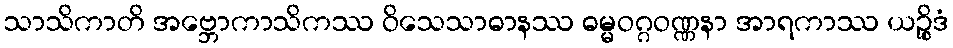
သာသိကာတိ အဗ္ဘောကာသိကဿ ဝိသေသာဓာနဿ ဓမ္မဝဂ္ဂဝဏ္ဏနာ အာရကာဿ ယဉ္စိဒံ